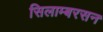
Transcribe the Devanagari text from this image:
सिलाम्बरसन